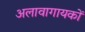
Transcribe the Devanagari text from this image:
अलावागायकों